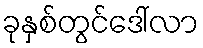
ခုနှစ်တွင်ဒေါ်လာ